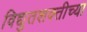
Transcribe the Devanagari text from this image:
विद्युतशक्तीच्या